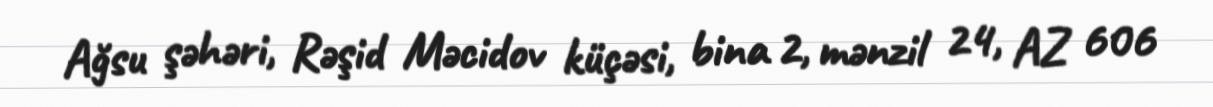
Ağsu şəhəri, Rəşid Məcidov küçəsi, bina 2, mənzil 24, AZ 606